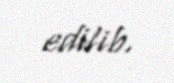
edilib.